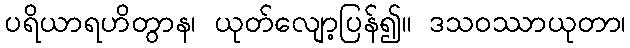
ပရိယာရဟိတွာန၊ ယုတ်လျော့ပြန်၍။ ဒသဝဿာယုတာ၊